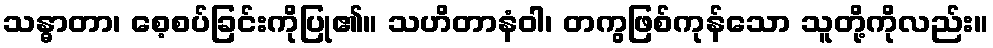
သန္ဓာတာ၊ စေ့စပ်ခြင်းကိုပြု၏။ သဟိတာနံဝါ၊ တကွဖြစ်ကုန်သော သူတို့ကိုလည်း။